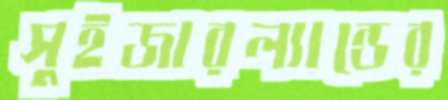
সুইজারল্যান্ডের